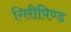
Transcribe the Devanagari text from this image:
गिरीपिण्ड